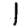
Digit: 1